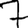
Digit: 7